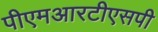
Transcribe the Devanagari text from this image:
पीएमआरटीएसपी